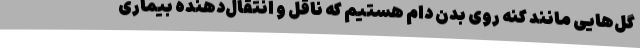
گل‌هایی مانند کنه روی بدن دام هستیم که ناقل و انتقال‌دهنده بیماری